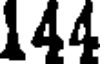
144